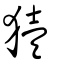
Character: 𤡬